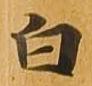
白